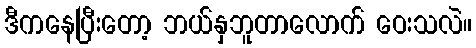
ဒီကနေပြီးတော့ ဘယ်နှဘူတာလောက် ဝေးသလဲ။